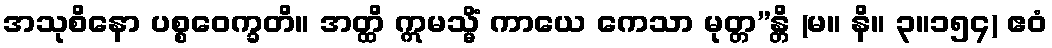
အသုစိနော ပစ္စဝေက္ခတိ။ အတ္ထိ ဣမသ္မိံ ကာယေ ကေသာ မုတ္တ”န္တိ (မ။ နိ။ ၃။၁၅၄) ဧဝံ